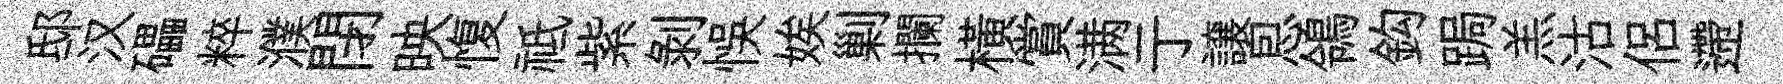
邸汉礧粹濮閉映愎祗紫剝悞娭剿攔横賞满亍譲㤙鴒鈎跼羔沽侶遰